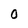
Character: 0